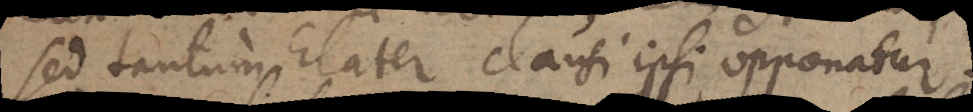
sed tantum Elater clausi ipsi opponatur.